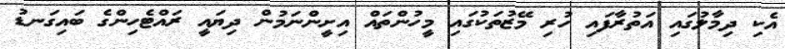
އެކި ދިމާލުގައި އަތުރާފައި ހުރި މޭޒުތަކުގައި މީހުންތައް އިށީންނަމުން ދިޔައީ ރައްޓެހިންގެ ބައިގަނޑު